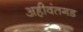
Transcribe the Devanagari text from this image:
अहीवंतगड